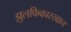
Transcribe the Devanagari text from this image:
झुलफिकारखान